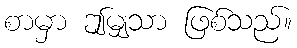
စာမှာ ဤမျှသာ ဖြစ်သည်။